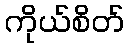
ကိုယ်စိတ်